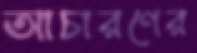
আচারণের